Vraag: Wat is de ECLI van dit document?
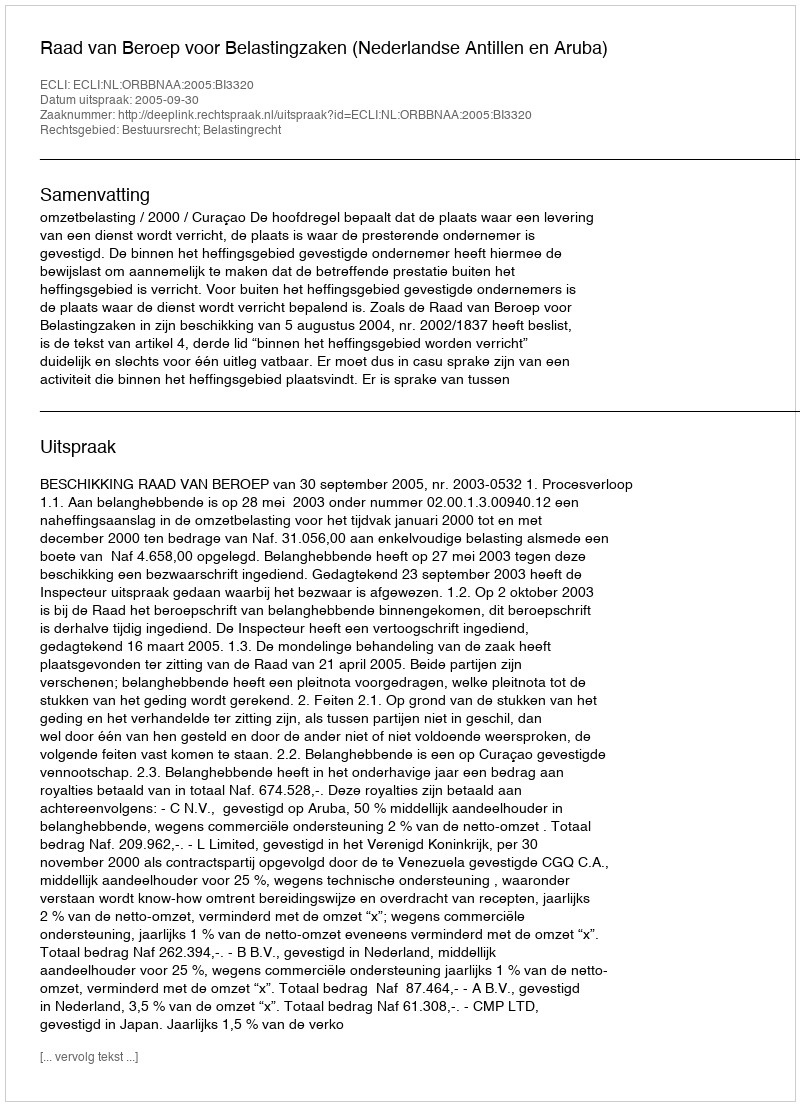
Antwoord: ECLI:NL:ORBBNAA:2005:BI3320